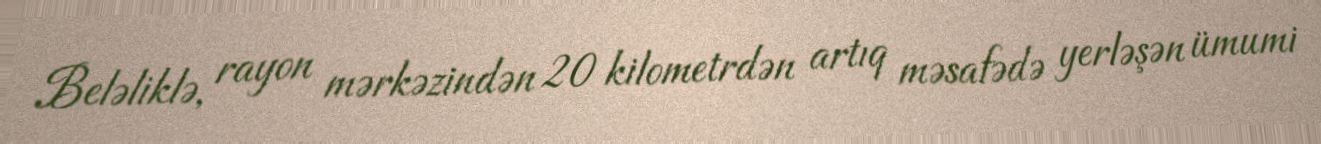
Beləliklə, rayon mərkəzindən 20 kilometrdən artıq məsafədə yerləşən ümumi